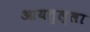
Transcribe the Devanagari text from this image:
आयतुल्ला